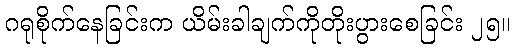
ဂရုစိုက်နေခြင်းက ယိမ်းခါချက်ကိုတိုးပွားစေခြင်း ၂၅။